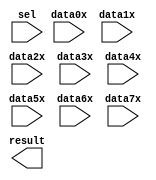
// megafunction wizard: %LPM_MUX%VBB%
// GENERATION: STANDARD
// VERSION: WM1.0
// MODULE: lpm_mux 

// ============================================================
// Megafunction Name(s):
// 			lpm_mux
//
// Simulation Library Files(s):
// 			lpm
// ============================================================
// ************************************************************
// THIS IS A WIZARD-GENERATED FILE. DO NOT EDIT THIS FILE!
//
// 9.1 Build 222 10/21/2009 SJ Full Version
// ************************************************************

//Copyright (C) 1991-2009 Altera Corporation
//Your use of Altera Corporation's design tools, logic functions 
//and other software and tools, and its AMPP partner logic 
//functions, and any output files from any of the foregoing 
//(including device programming or simulation files), and any 
//associated documentation or information are expressly subject 
//to the terms and conditions of the Altera Program License 
//Subscription Agreement, Altera MegaCore Function License 
//Agreement, or other applicable license agreement, including, 
//without limitation, that your use is for the sole purpose of 
//programming logic devices manufactured by Altera and sold by 
//Altera or its authorized distributors.  Please refer to the 
//applicable agreement for further details.

module lpm_mux32_8 (
	data0x,
	data1x,
	data2x,
	data3x,
	data4x,
	data5x,
	data6x,
	data7x,
	sel,
	result);

	input	[255:0]  data0x;
	input	[255:0]  data1x;
	input	[255:0]  data2x;
	input	[255:0]  data3x;
	input	[255:0]  data4x;
	input	[255:0]  data5x;
	input	[255:0]  data6x;
	input	[255:0]  data7x;
	input	[2:0]  sel;
	output	[255:0]  result;

endmodule

// ============================================================
// CNX file retrieval info
// ============================================================
// Retrieval info: PRIVATE: INTENDED_DEVICE_FAMILY STRING "Stratix II"
// Retrieval info: PRIVATE: SYNTH_WRAPPER_GEN_POSTFIX STRING "0"
// Retrieval info: CONSTANT: LPM_SIZE NUMERIC "8"
// Retrieval info: CONSTANT: LPM_TYPE STRING "LPM_MUX"
// Retrieval info: CONSTANT: LPM_WIDTH NUMERIC "256"
// Retrieval info: CONSTANT: LPM_WIDTHS NUMERIC "3"
// Retrieval info: USED_PORT: data0x 0 0 256 0 INPUT NODEFVAL data0x[255..0]
// Retrieval info: USED_PORT: data1x 0 0 256 0 INPUT NODEFVAL data1x[255..0]
// Retrieval info: USED_PORT: data2x 0 0 256 0 INPUT NODEFVAL data2x[255..0]
// Retrieval info: USED_PORT: data3x 0 0 256 0 INPUT NODEFVAL data3x[255..0]
// Retrieval info: USED_PORT: data4x 0 0 256 0 INPUT NODEFVAL data4x[255..0]
// Retrieval info: USED_PORT: data5x 0 0 256 0 INPUT NODEFVAL data5x[255..0]
// Retrieval info: USED_PORT: data6x 0 0 256 0 INPUT NODEFVAL data6x[255..0]
// Retrieval info: USED_PORT: data7x 0 0 256 0 INPUT NODEFVAL data7x[255..0]
// Retrieval info: USED_PORT: result 0 0 256 0 OUTPUT NODEFVAL result[255..0]
// Retrieval info: USED_PORT: sel 0 0 3 0 INPUT NODEFVAL sel[2..0]
// Retrieval info: CONNECT: result 0 0 256 0 @result 0 0 256 0
// Retrieval info: CONNECT: @data 0 0 256 1792 data7x 0 0 256 0
// Retrieval info: CONNECT: @data 0 0 256 1536 data6x 0 0 256 0
// Retrieval info: CONNECT: @data 0 0 256 1280 data5x 0 0 256 0
// Retrieval info: CONNECT: @data 0 0 256 1024 data4x 0 0 256 0
// Retrieval info: CONNECT: @data 0 0 256 768 data3x 0 0 256 0
// Retrieval info: CONNECT: @data 0 0 256 512 data2x 0 0 256 0
// Retrieval info: CONNECT: @data 0 0 256 256 data1x 0 0 256 0
// Retrieval info: CONNECT: @data 0 0 256 0 data0x 0 0 256 0
// Retrieval info: CONNECT: @sel 0 0 3 0 sel 0 0 3 0
// Retrieval info: LIBRARY: lpm lpm.lpm_components.all
// Retrieval info: GEN_FILE: TYPE_NORMAL lpm_mux32_8.v TRUE
// Retrieval info: GEN_FILE: TYPE_NORMAL lpm_mux32_8.inc FALSE
// Retrieval info: GEN_FILE: TYPE_NORMAL lpm_mux32_8.cmp FALSE
// Retrieval info: GEN_FILE: TYPE_NORMAL lpm_mux32_8.bsf TRUE FALSE
// Retrieval info: GEN_FILE: TYPE_NORMAL lpm_mux32_8_inst.v FALSE
// Retrieval info: GEN_FILE: TYPE_NORMAL lpm_mux32_8_bb.v TRUE
// Retrieval info: LIB_FILE: lpm